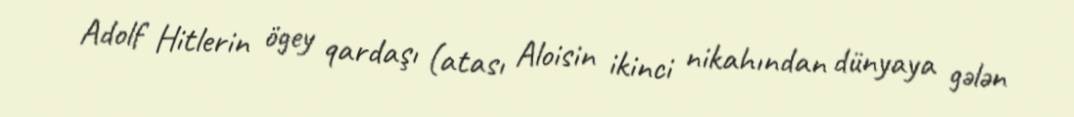
Adolf Hitlerin ögey qardaşı (atası Aloisin ikinci nikahından dünyaya gələn